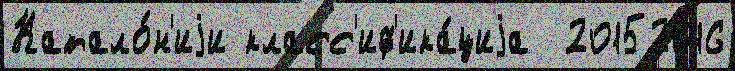
Катало́н'иjи класс'иф'ика́циjа  20152016